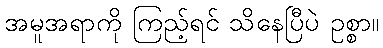
အမူအရာကို ကြည့်ရင် သိနေပြီပဲ ဥစ္စာ။